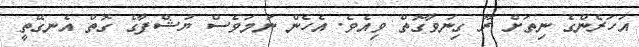
އަހަރެންގެ ނިތަށް ރޫ ގިނަވާގޮތް ވިއެވެ. އެހެން ނަމަވެސް ޔުޝްފާގެ ގޮތް އެނގޭތީ